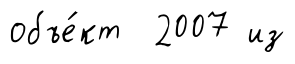
объе́кт 2007 из